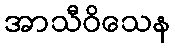
အာသီဝိသေန